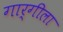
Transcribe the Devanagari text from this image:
गार्गीला